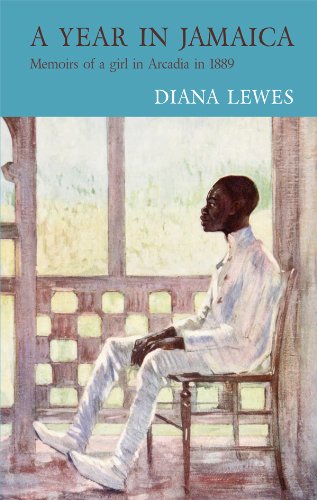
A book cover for A Year in Jamaica: Memoirs of a Girl in Arcadia in 1889; Diana Lewes; Travel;